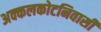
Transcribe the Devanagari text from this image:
अक्कलकोटनिवासी